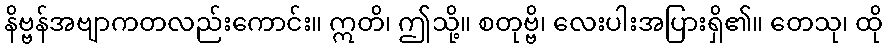
နိဗ္ဗန်အဗျာကတလည်းကောင်း။ ဣတိ၊ ဤသို့။ စတုဗ္ဗိ၊ လေးပါးအပြားရှိ၏။ တေသု၊ ထို